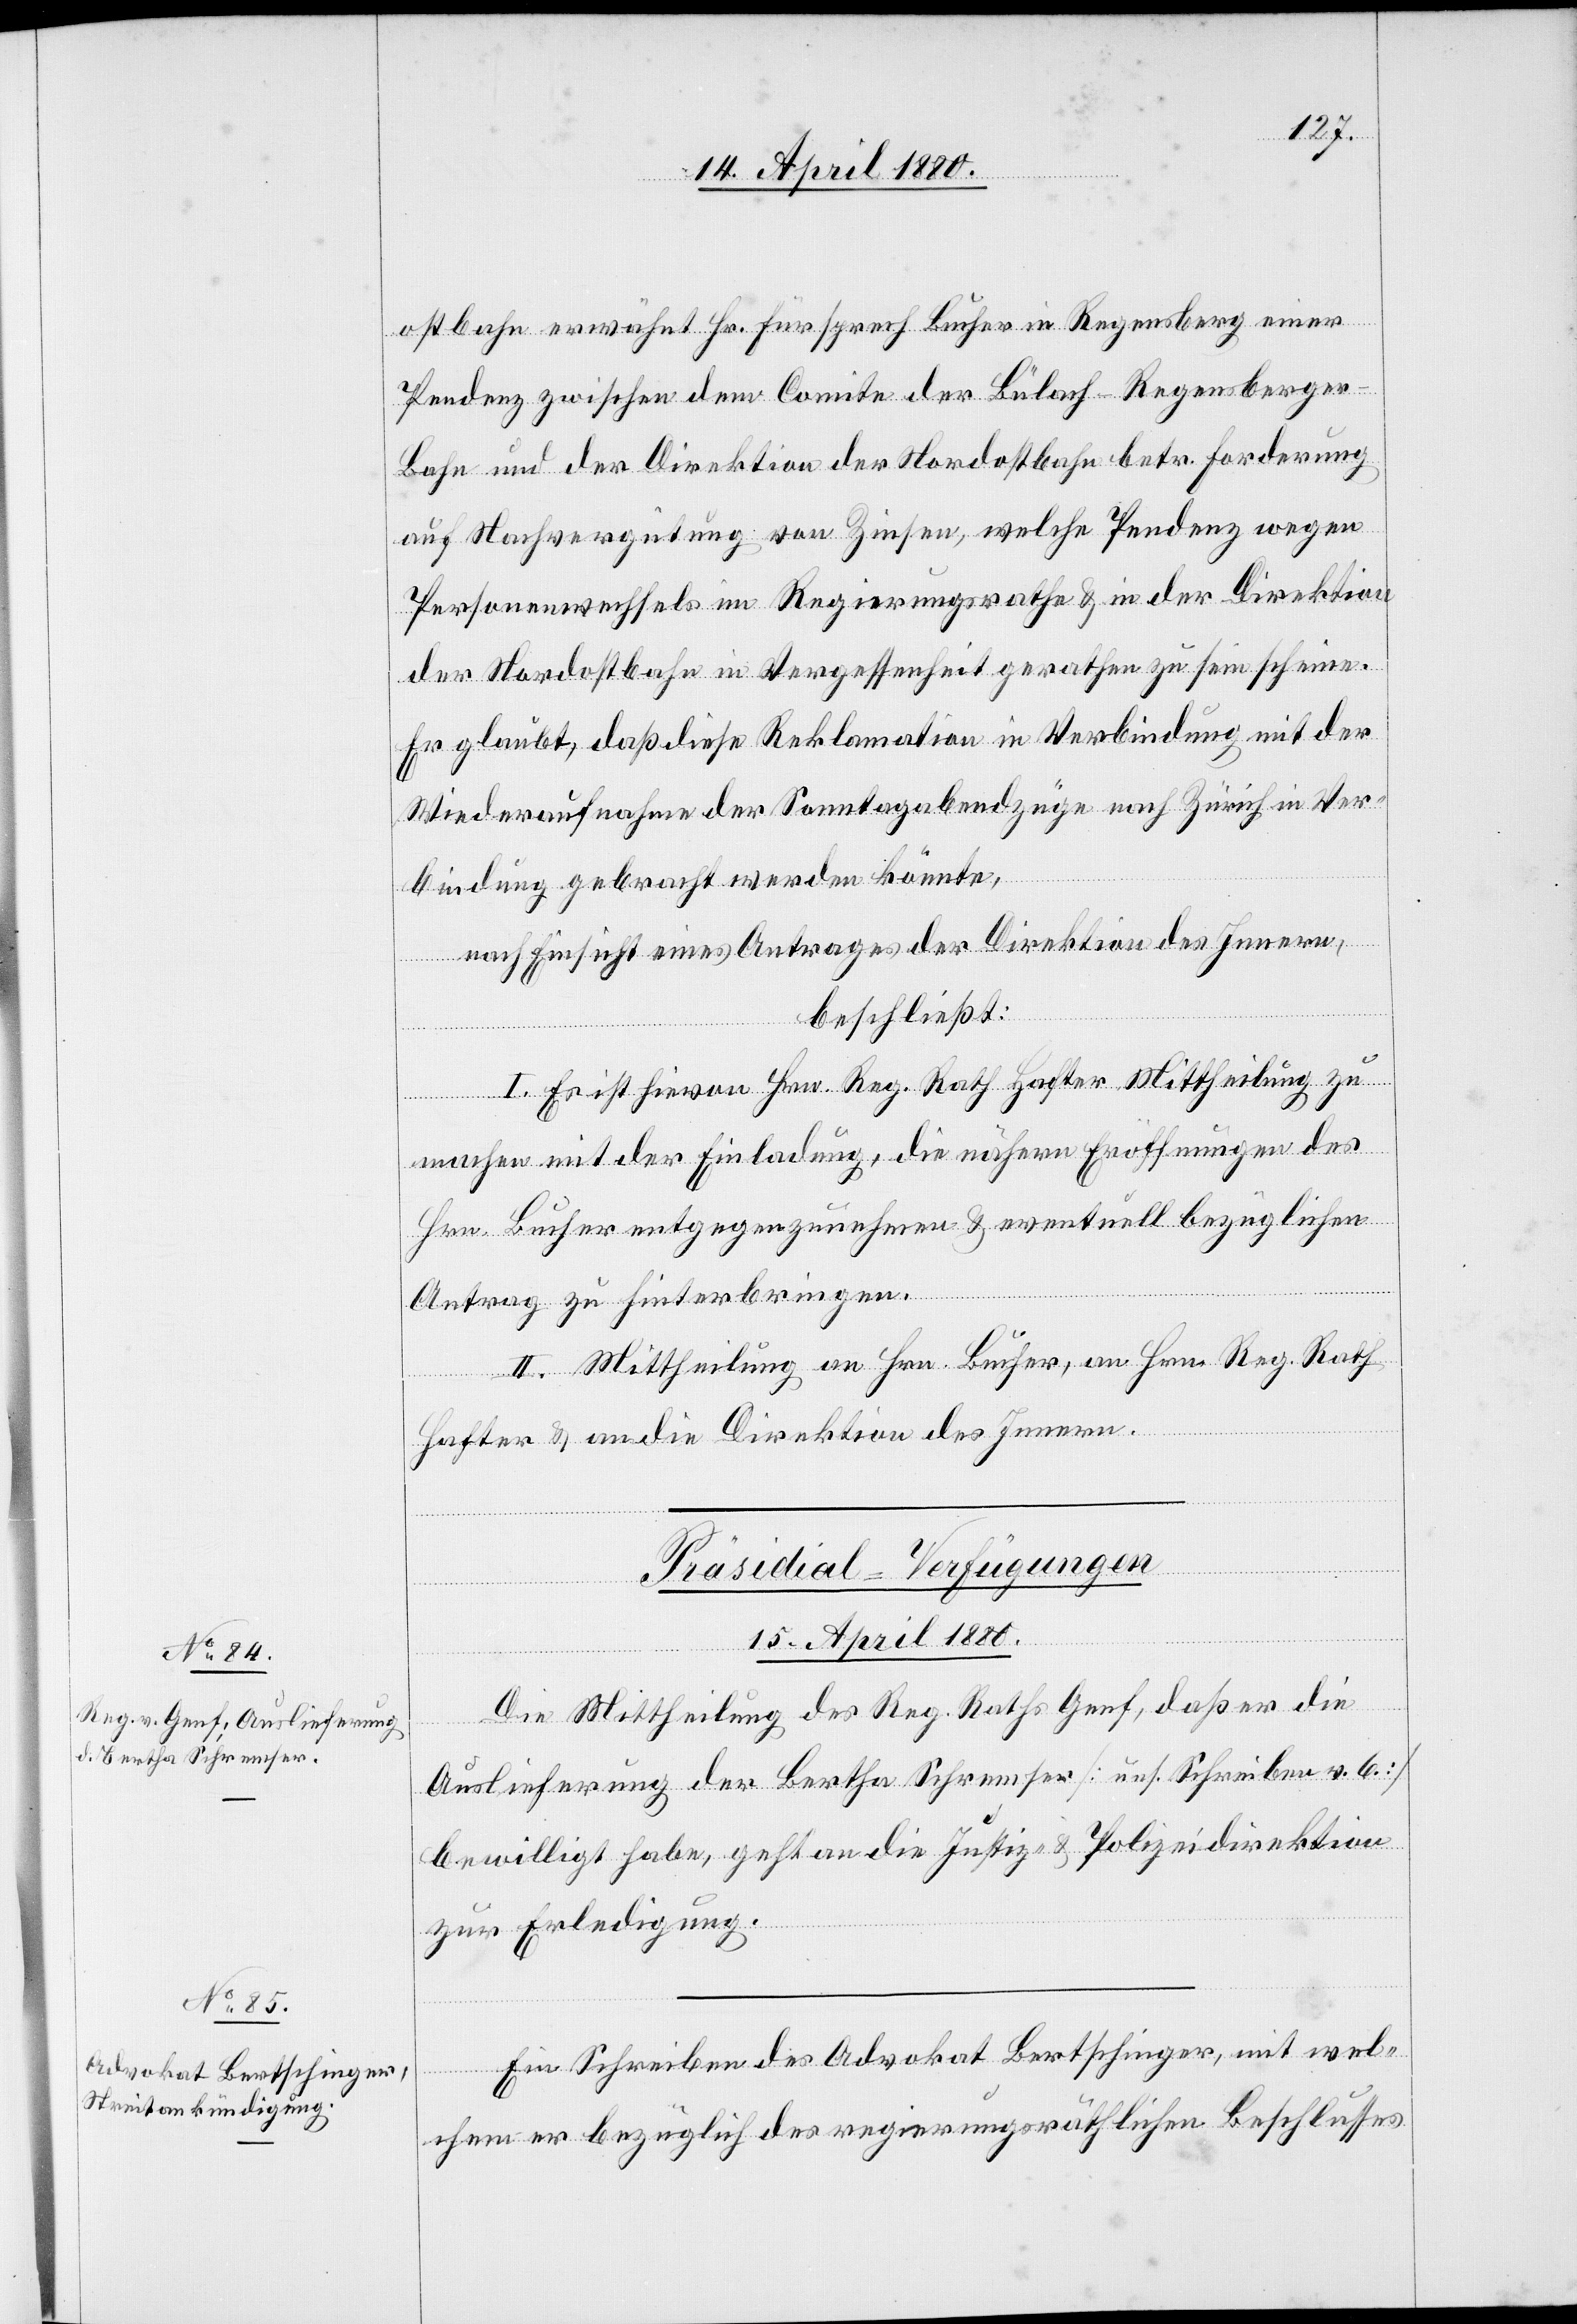
ostbahn erwähnt Hr. Fürsprech Bucher in Regensberg einer
Pendenz zwischen dem Comite der Bülach–Regensberge¬
r-Bahn und der Direktion der Nordostbahn betr. Forderung
auf Nachvergütung von Zinsen, welche Pendenz wegen
Personenwechsels im Regierungsrathe & in der Direktion
der Nordostbahn in Vergessenheit gerathen zu sein scheine.
Er glaubt, daß diese Reklamation in Verbindung mit der
Wiederaufnahme der Sonntagabendzüge nach Zürich in Ver¬
bindung gebracht werden könnte,
nach Einsicht eines Antrages der Direktion des Innern,
Da¬
beschließt:
I. Es ist hievon Hrn. Reg. Rath Hafter Mittheilung zu
machen mit der Einladung, die nähern Eröffnungen des
Hrn. Bucher entgegenzunehmen & eventuell bezüglichen
Antrag zu hinterbringen.
II. Mittheilung an Hrn. Bucher, an Hrn. Reg. Rath.
Hafter & an die Direktion des Innern.
[Präsidial-Verfügungen
15. April 1880.]
Die Mittheilung des Reg. Raths Genf, daß er die
Auslieferung der Bertha Schremser [uns. Schreiben v. 6.]
bewilligt habe, geht an die Justiz- & Polizeidirektion
zur Erledigung.
s Schreiben des Advokat Bertschinger, mit wel¬
chem er bezüglich des regierungsräthlichen Beschlusses